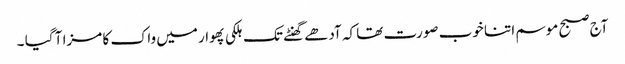
آج صبح موسم اتنا خوب صورت تھا کہ آدھے گھنٹے تک ہلکی پھوار میں واک کا مزا آ گیا ۔